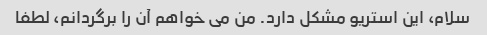
سلام، این استریو مشکل دارد. من می خواهم آن را برگردانم، لطفا